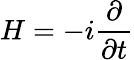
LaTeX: H=-i\frac{\partial}{\partial t}